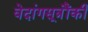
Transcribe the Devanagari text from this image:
वेदांगसूत्रौंकी